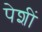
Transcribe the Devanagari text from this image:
पेशीं